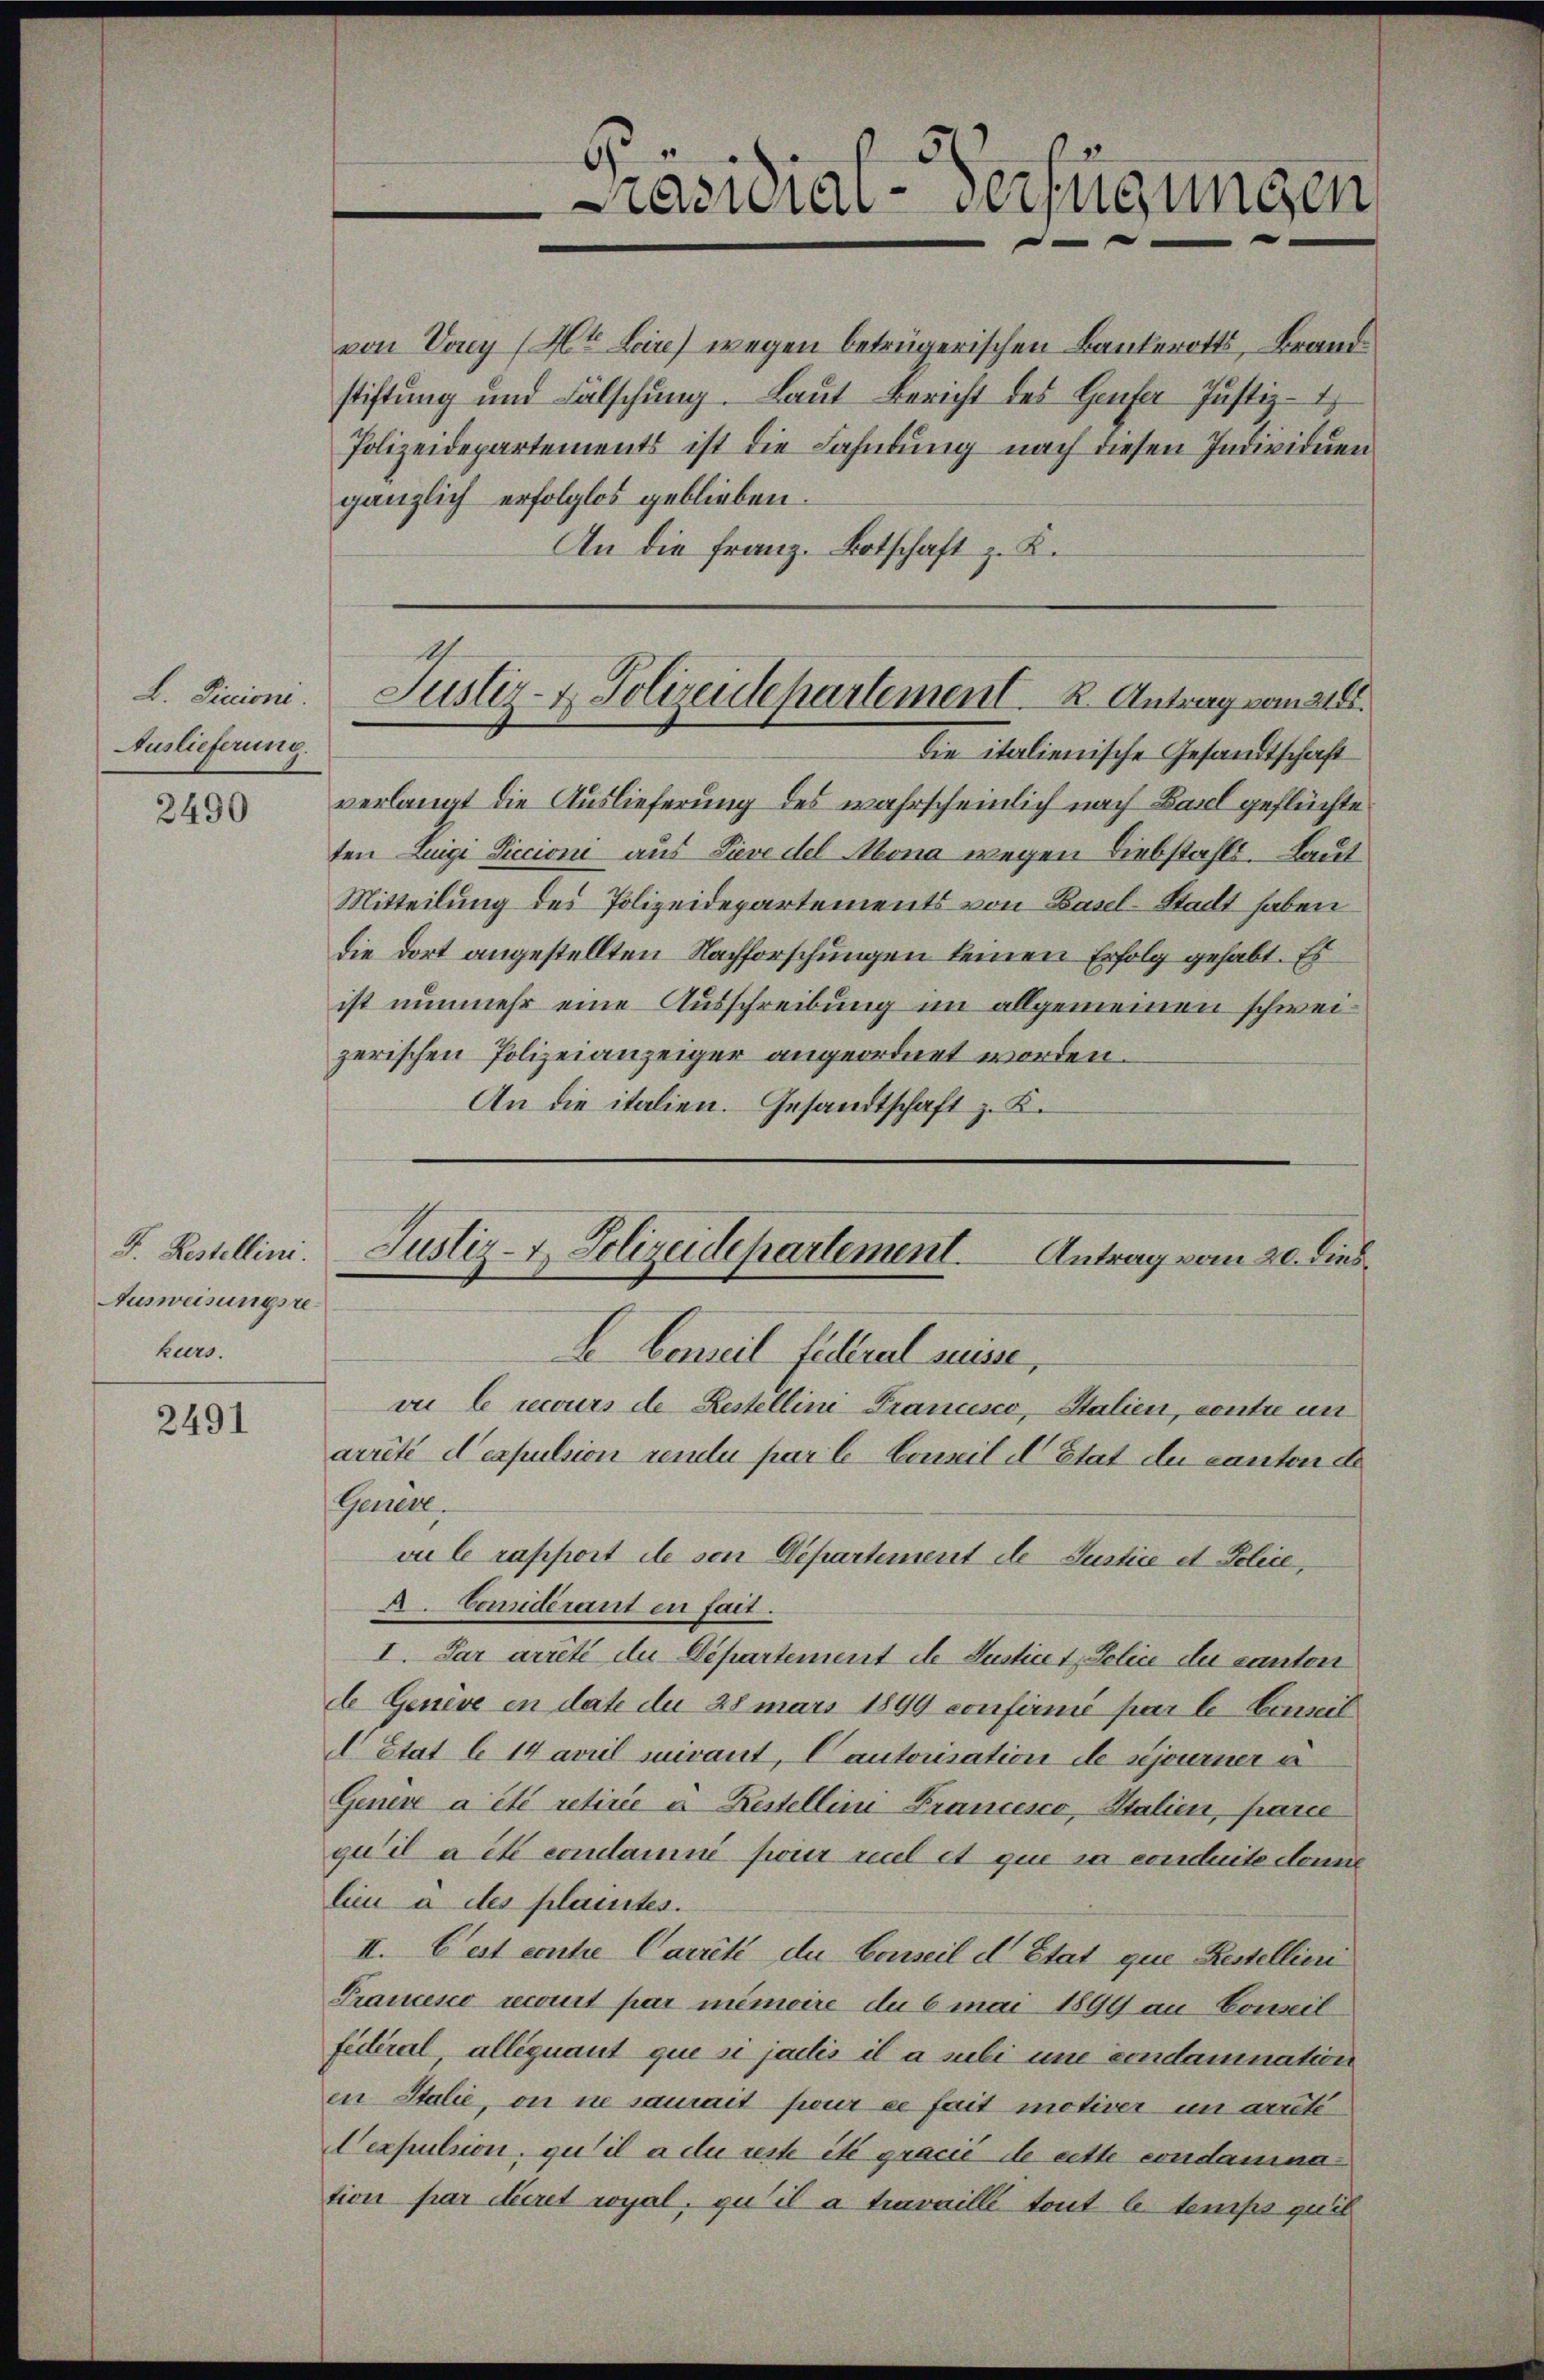
L. Ficioni.
Auslieferung.

2490

F. Restellini.
Ausweisungsre
kurs.

2491

An die Franz. Botschaft z. K.

Präsidial-Verfügungen

von Vony (Mt Lire) wegen betrügerischen Bankerotts, Brandstiftung und Fälschung. Laut Bericht des Genfer Justiz-
Polizeidepartements ist die Fahndung nach diesen Individuen
gänzlich erfolglos geblieben.

verlangt die Auslieferung des wahrscheinlich nach Basel geflüchte
ten Luigi Siccioni aus Sieve del Mona wegen Liebstahls. Laut
Mitteilung des Polizeidepartements von Basel-Stadt haben
die dort angestellten Nachforschungen keinen Erfolg gehabt. Es
ist nunmehr eine Ausschreibung im allgemeinen schweizerischen Polizeianzeiger angeordnet worden.
An die italien. Gesandtschaft z. K.

Justiz- & Polizeidepartement. 2. Antrag vom 218.
die italienische Gesandtschaft

Justiz- u. Polizeidepartement. Antrag vom 20. dies
I Gemeil filtral suisse,

vu le recours de Restellini Prancesco, Stalien, contre un
arrêté d’espulsion rendu par le Conzil d’Etat de canton de
Genere.
vu le rapport de son Departement de Justice et Police,
A. Considérant en fait.
I. Par arrêté du Departement de Justicet Police du canton
d Genève en date du 28 mars 1899 confirmé par le bewil
 Etat le 14 avril suivant, Cautorisation de journer a
Genere a été retirée a Restellini Francesco, Italien, parie
qu’il a et condamné pour seul et que sa conduite donne
lieu à des plaintes.
II. Pest contre Carrité du Conseil d’Etat que Restellieri
Francso recourt par mémoire du 6 mai 1899 an Concil
fédéral alléquant que si jaelis il a subi une condamnation
in Italie, on in samait sieur es fait motiver in arrêté
Vexpulsion, qu’il a du reste ité gracié de cette condamnation par Secret royal, qu’il a travaillé tout le temps quib